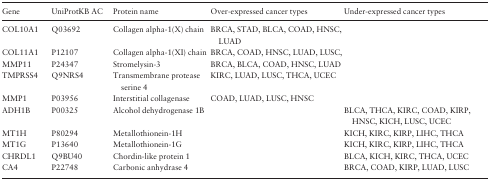
| Gene | UniProtKB AC | Protein name | Over-expressed cancer types | Under-expressed cancer types |
 | --- | --- | --- | --- | --- |
 | COL10A1 | Q03692 | Collagen alpha-1(X) chain | BRCA, STAD, BLCA, COAD, HNSC, LUAD |  |
 | COL11A1 | P12107 | Collagen alpha-1(XI) chain | BRCA, COAD, HNSC, LUAD, LUSC, |  |
 | MMP11 | P24347 | Stromelysin-3 | BRCA, BLCA, COAD, HNSC, LUAD |  |
 | TMPRSS4 | Q9NRS4 | Transmembrane protease serine 4 | KIRC, LUAD, LUSC, THCA, UCEC |  |
 | MMP1 | P03956 | Interstitial collagenase | COAD, LUAD, LUSC, HNSC |  |
 | ADH1B | P00325 | Alcohol dehydrogenase 1B |  | BLCA, THCA, KIRC, COAD, KIRP, HNSC, KICH, LUSC, UCEC |
 | MT1H | P80294 | Metallothionein-1H |  | KICH, KIRC, KIRP, LIHC, THCA |
 | MT1G | P13640 | Metallothionein-1G |  | KICH, KIRC, KIRP, LIHC, THCA |
 | CHRDL1 | Q9BU40 | Chordin-like protein 1 |  | BLCA, KICH, KIRC, THCA, UCEC |
 | CA4 | P22748 | Carbonic anhydrase 4 |  | BRCA, COAD, KIRP, LUAD, LUSC |